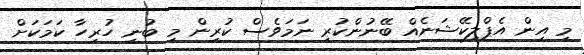
މި އިން އެޕްލިކޭޝަނެއް ބޭނުންކުރި ނަމަވެސް ކުރިން މި ބުނި ހުރިހާ ކަމަކަށް